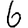
Digit: 6